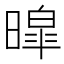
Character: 暭